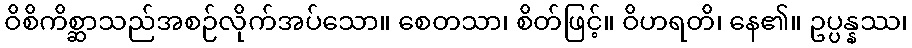
ဝိစိကိစ္ဆာသည်အစဉ်လိုက်အပ်သော။ စေတသာ၊ စိတ်ဖြင့်။ ဝိဟရတိ၊ နေ၏။ ဥပ္ပန္နဿ၊